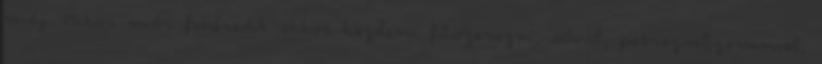
máj. Mikor már fehéredik akkor kezdem fűszerezni, sóval, petrezselyemmel,